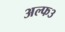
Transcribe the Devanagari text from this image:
अल्फ३